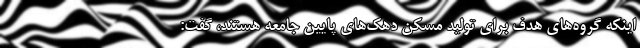
اینکه گروه‌های هدف برای تولید مسکن دهک‌های پایین جامعه هستند، گفت: